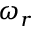
\omega _ { r }